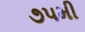
૭૫મી